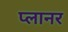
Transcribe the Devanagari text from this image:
प्‍लानर